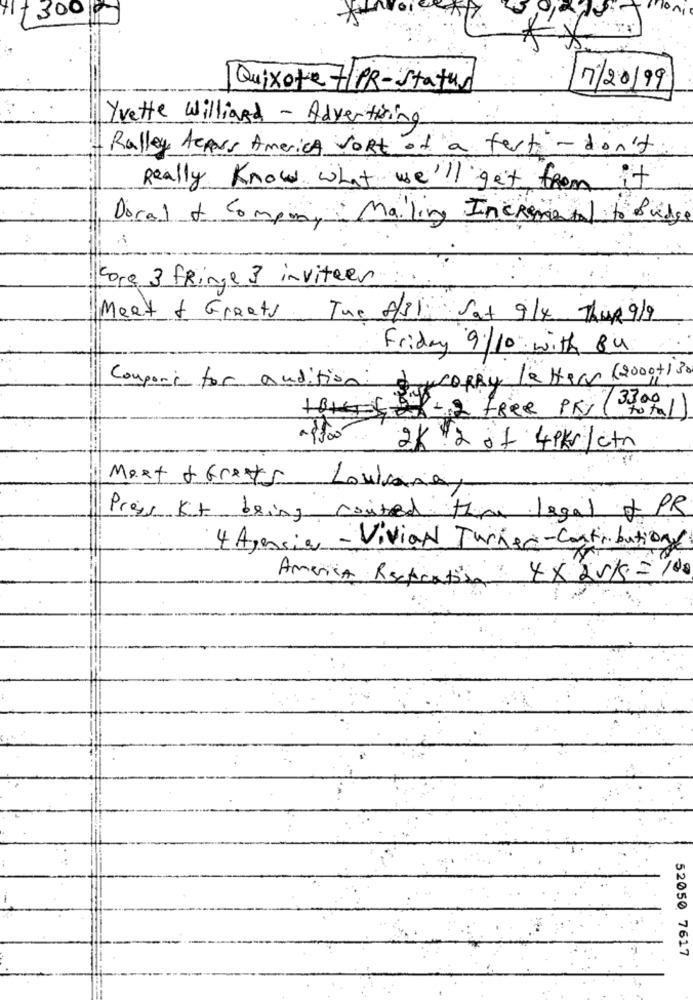
Mon,
11f 300
Quixote 7/PR-Status
7/20/99
Yvette Williard - Advertising
Ralley Across America vost of a fest - don't
Really Know what we'll get from it
Doral & Company Mailing Incremental to Budge
core 3 fringe 3 inviteer
Meet & Greets The 8/3 Sat 9/4 Thus 9/9
Friday 9/10 with 84
Hoter DIJKCORRY Letter (2000 +130)
Componi for audition:
27-12 free PKY
33.00
- $500
2k 2 of 4pk /ctr
Meet & Greets
Louicaria,
Press Kit being costed thru legal of PR
4 Agencia - Vivian Turner-Contribution
America Recreation : 4 × 25/ = 100
52050 7617